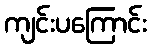
ကျင်းပကြောင်း